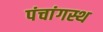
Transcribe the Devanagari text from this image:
पंचांगस्थ